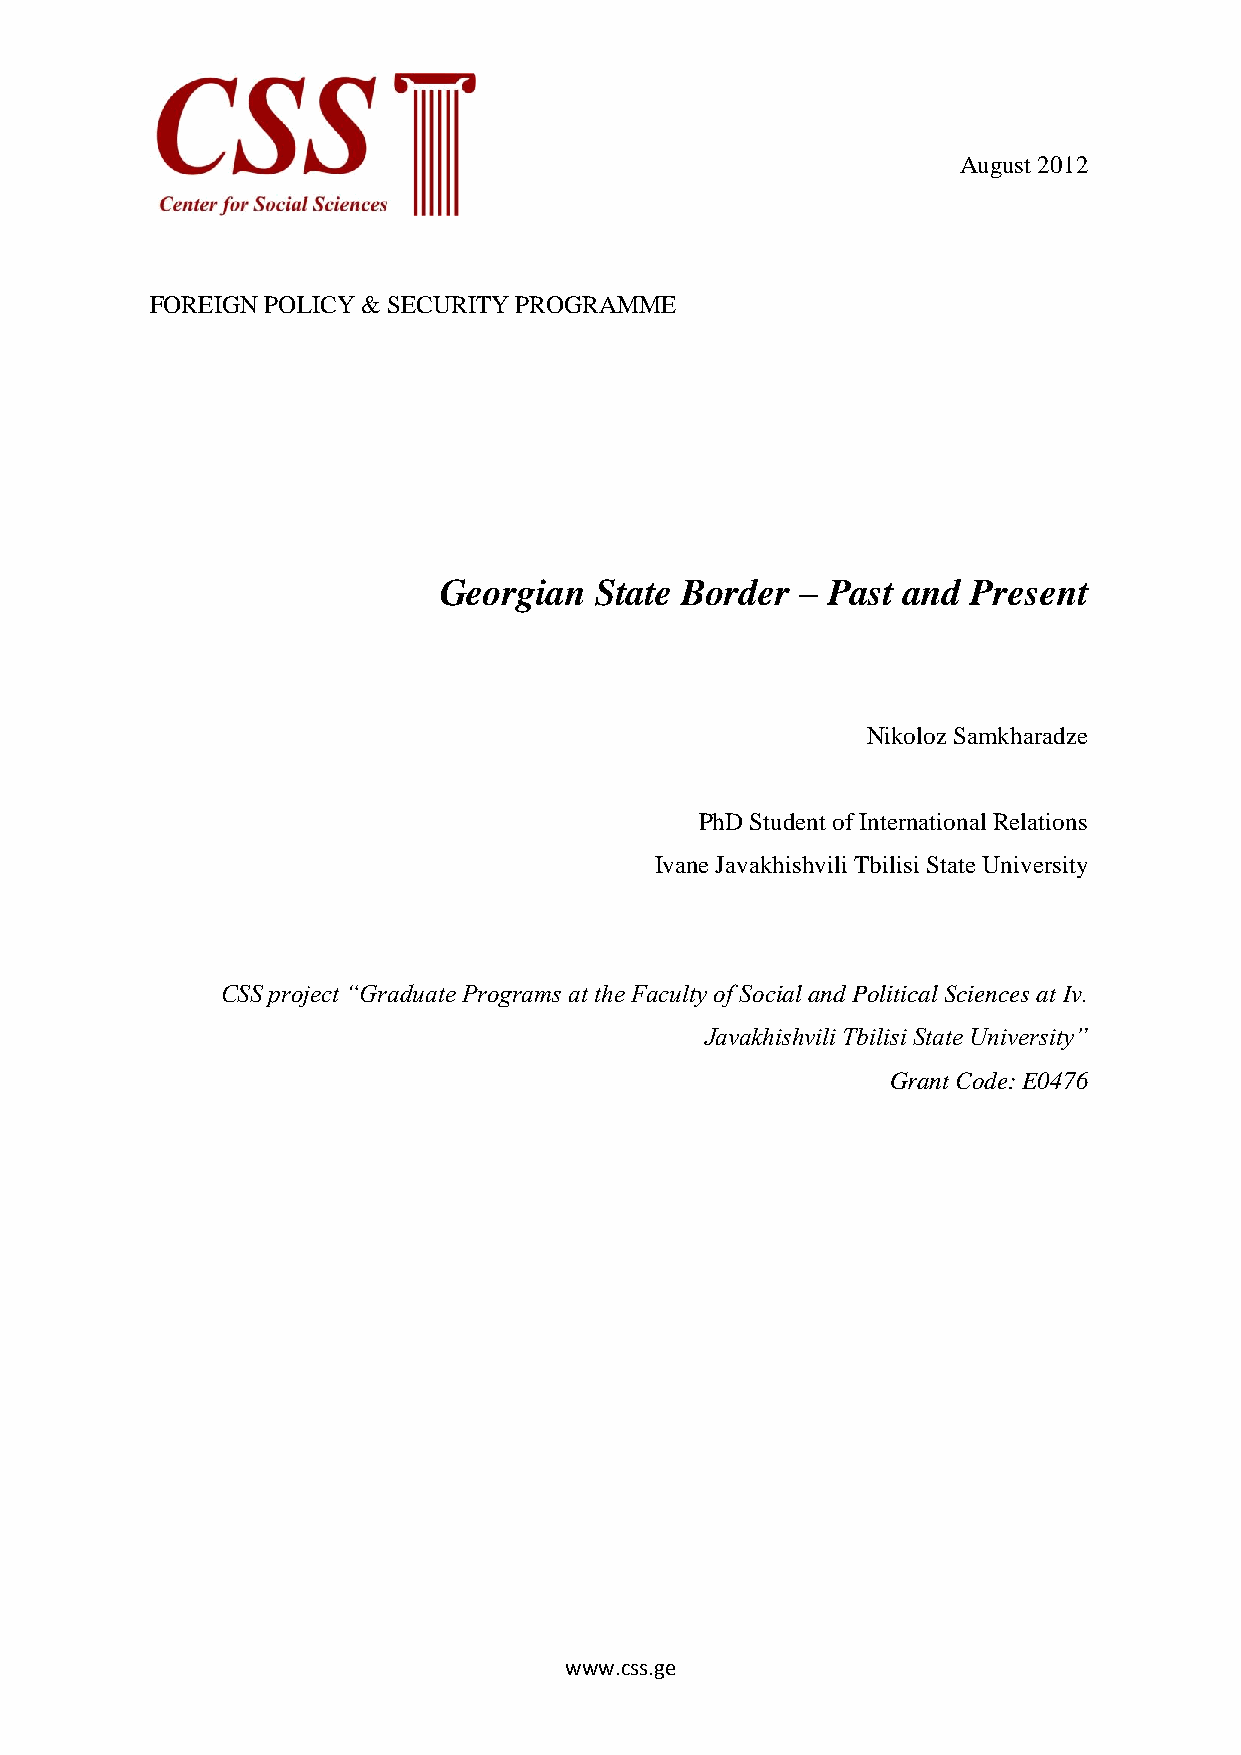
August 2012
 FOREIGN POLICY & SECURITY PROGRAMME
 Georgian  State Border  – Past and Present
 Nikoloz Samkharadze
 PhD Student of International Relations
 Ivane Javakhishvili Tbilisi State University
 CSS project “Graduate Programs at the Faculty of Social and Political Sciences at Iv.
 Javakhishvili Tbilisi State University”
 Grant Code: E0476
 www.css.ge